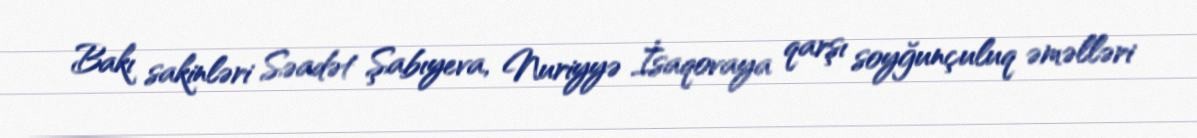
Bakı sakinləri Səadət Şabıyeva, Nuriyyə İsaqovaya qarşı soyğunçuluq əməlləri